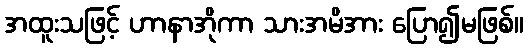
အထူးသဖြင့် ဟာနာအိုကာ သားအမိအား ပြော၍မဖြစ်။